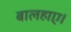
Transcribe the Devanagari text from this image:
बालहाए।